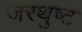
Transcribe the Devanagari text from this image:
जरथुष्ट